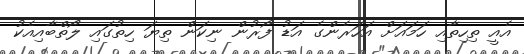
އެއީ ތިހިތާއި ހަމައަށް އަހަރެންގެ އަޑު ފޯރުން ނިކަން ތިޔަ ހިތުގައި ލޯތްބާއިއެކު